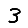
Digit: 3